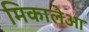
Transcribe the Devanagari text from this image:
मिकालेआ